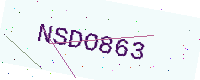
Text: NSDO863